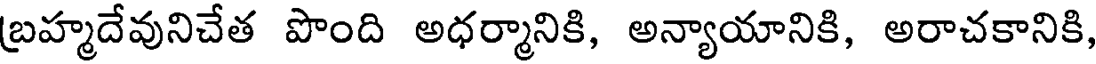
బ్రహ్మదేవునిచేత పొంది అధర్మానికి, అన్యాయానికి, అరాచకానికి,